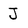
Character: J